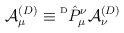
\begin{align*}{\cal A}^{(D)}_{\mu} \equiv \raisebox{2.0mm}{{\tiny D}}\hat{P}^{\nu}_{\mu}{\cal A}^{(D)}_{\nu}\end{align*}